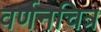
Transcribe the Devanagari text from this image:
वर्णनचित्र